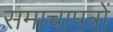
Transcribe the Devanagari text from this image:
समाचापत्रों